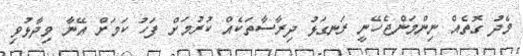
މެދު ގޮތެއް ނިންމަންޖެހޭނީ ރަނގަޅު ދިރާސާތަކެއް ކުރުމަށް ފަހު ކަމަށް އޭނާ ވިދާޅުވި